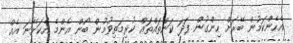
އެހެންކަމުން ބޭރަށް ހިންގުން ފަދަ ކަންތައްތައް ކުރިމަތިވުމުން ބޯން އެންމެ އެކަށޭނަ އެއް